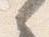
之